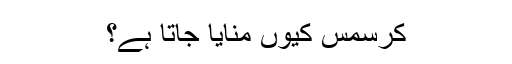
کرسمس کیوں منایا جاتا ہے؟